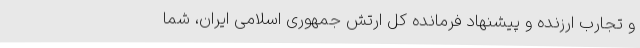
و تجارب ارزنده و پیشنهاد فرمانده کل ارتش جمهوری اسلامی ایران، شما